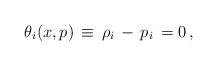
\begin{align*}\theta_i (x,p)\, \equiv \, \rho_i \, - \, p_i \,=0 \,,\end{align*}